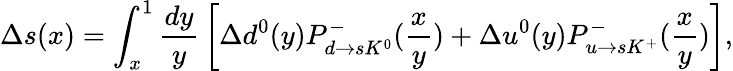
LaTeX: \Delta s(x)=\int_{x}^{1}{\frac{dy}{y}}\left[\Delta d^{0}(y)P_{d\rightarrow sK^{0}}^{-}({\frac{x}{y}})+\Delta u^{0}(y)P_{u\rightarrow sK^{+}}^{-}({\frac{x}{y}})\right],